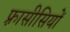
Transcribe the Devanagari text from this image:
फ़्रासीसियों